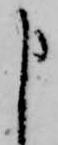
申